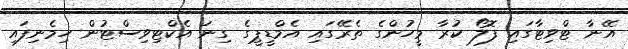
އޭނާ ޓްވިޓާގައި ފޮލޯ ކުރާ މީހުންގެ ތެރޭގައި އެމްޑީޕީގެ ގިނަ އެކްޓިވިސްޓުން ހިމެނިފައި